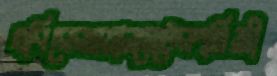
খবিরেরওয়ালমেটেরপল্লিজী